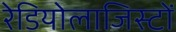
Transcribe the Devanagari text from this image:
रेडियोलाजिस्टों